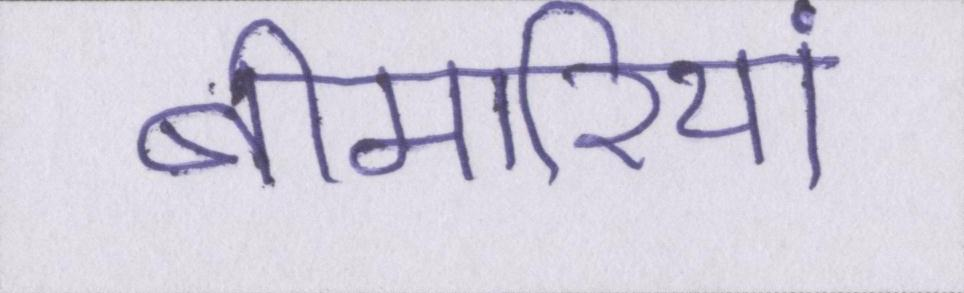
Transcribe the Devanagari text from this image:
बीमारियां